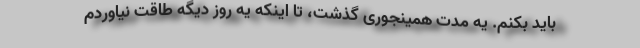
باید بکنم. یه مدت همینجوری گذشت، تا اینکه یه روز دیگه طاقت نیاوردم